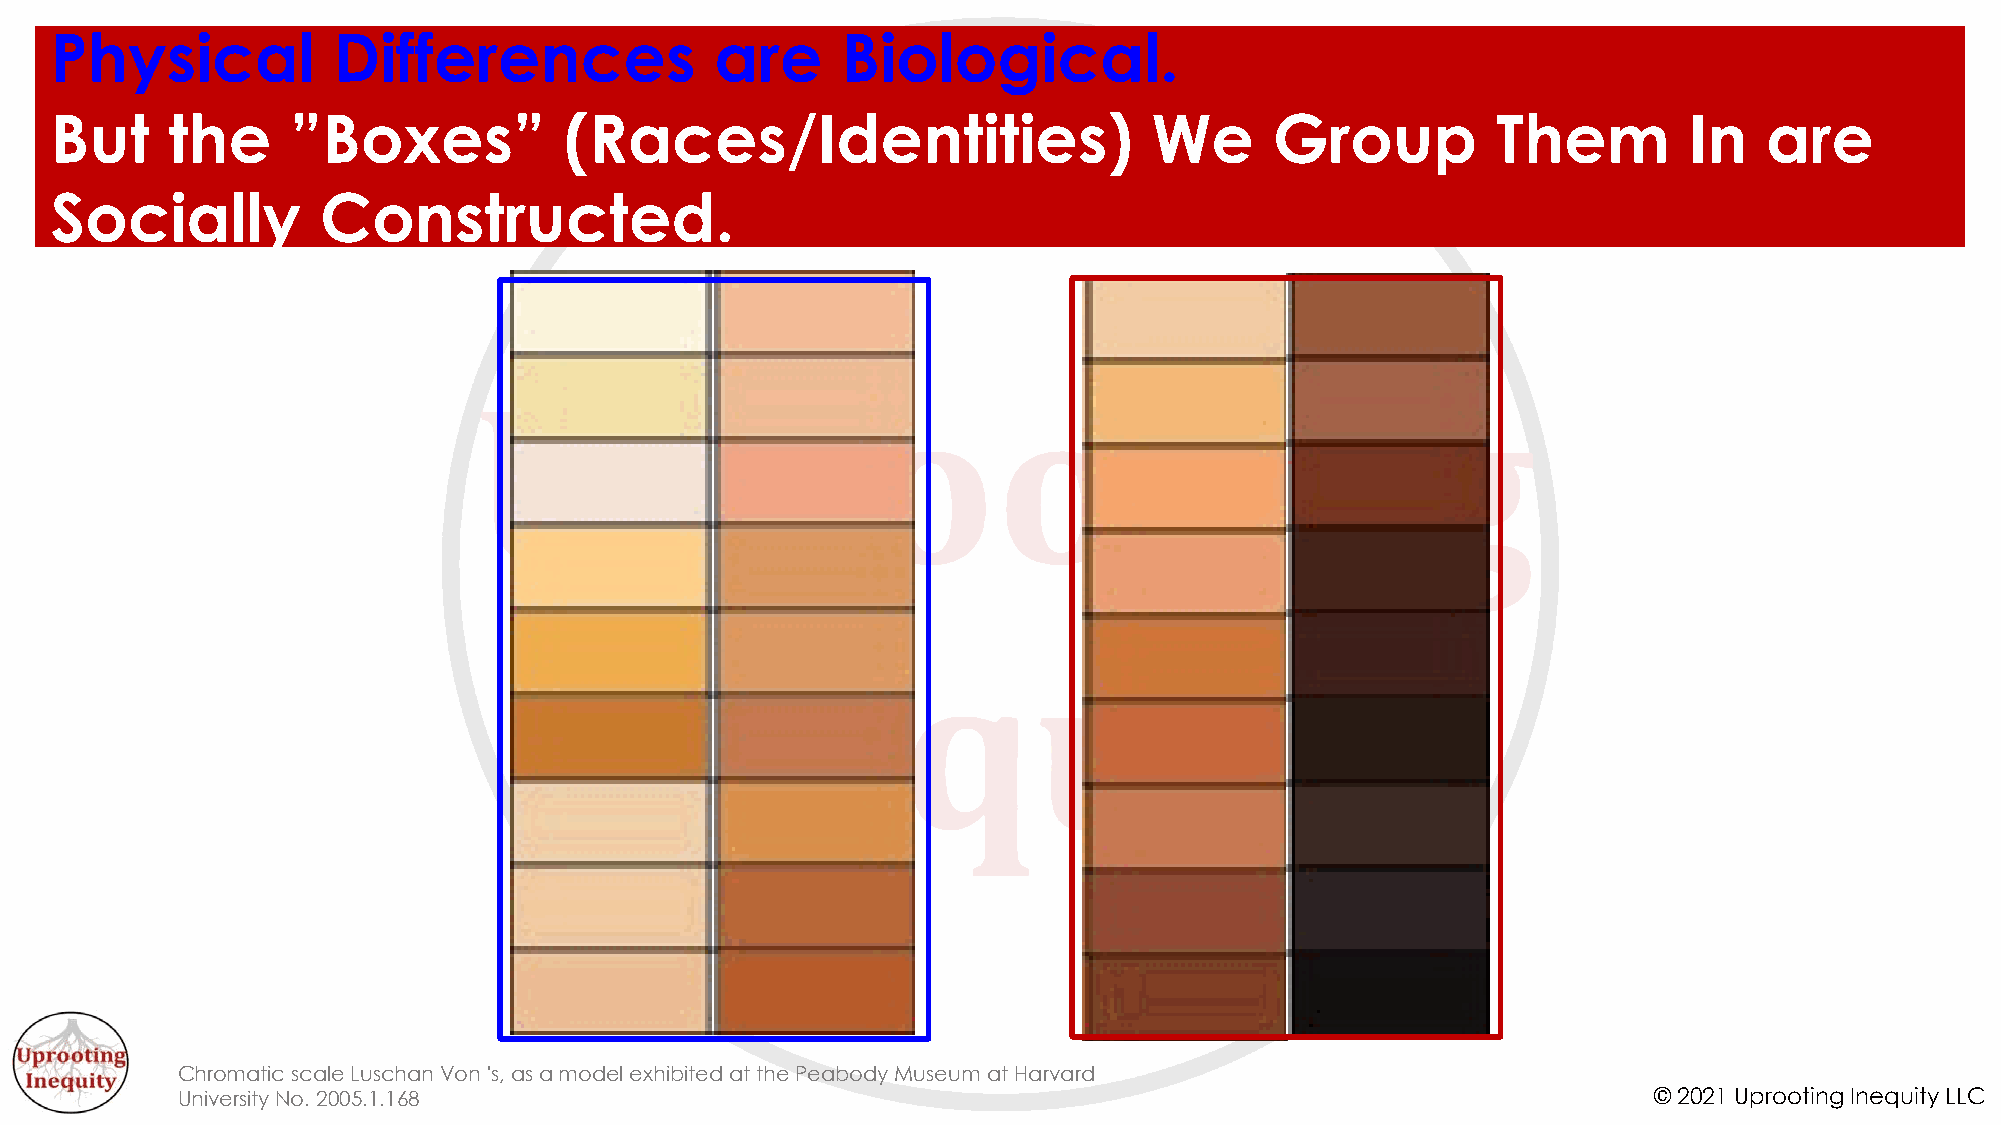
Physical           Differences              are      Biological.
 But     the     ”Boxes”           (Races/Identities)                     We      Group          Them         In   are
 Socially          Constructed.
 Chromatic scale Luschan Von 's, as a model exhibited at the Peabody Museum at Harvard
 University No. 2005.1.168                                                                        © 2021 Uprooting Inequity LLC